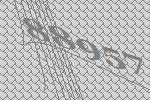
88957